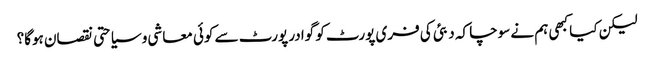
لیکن کیا کبھی ہم نے سوچا کہ دبئی کی فری پورٹ کو گوادر پورٹ سے کوئی معاشی و سیاحتی نقصان ہوگا؟